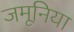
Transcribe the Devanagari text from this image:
जमूनिया